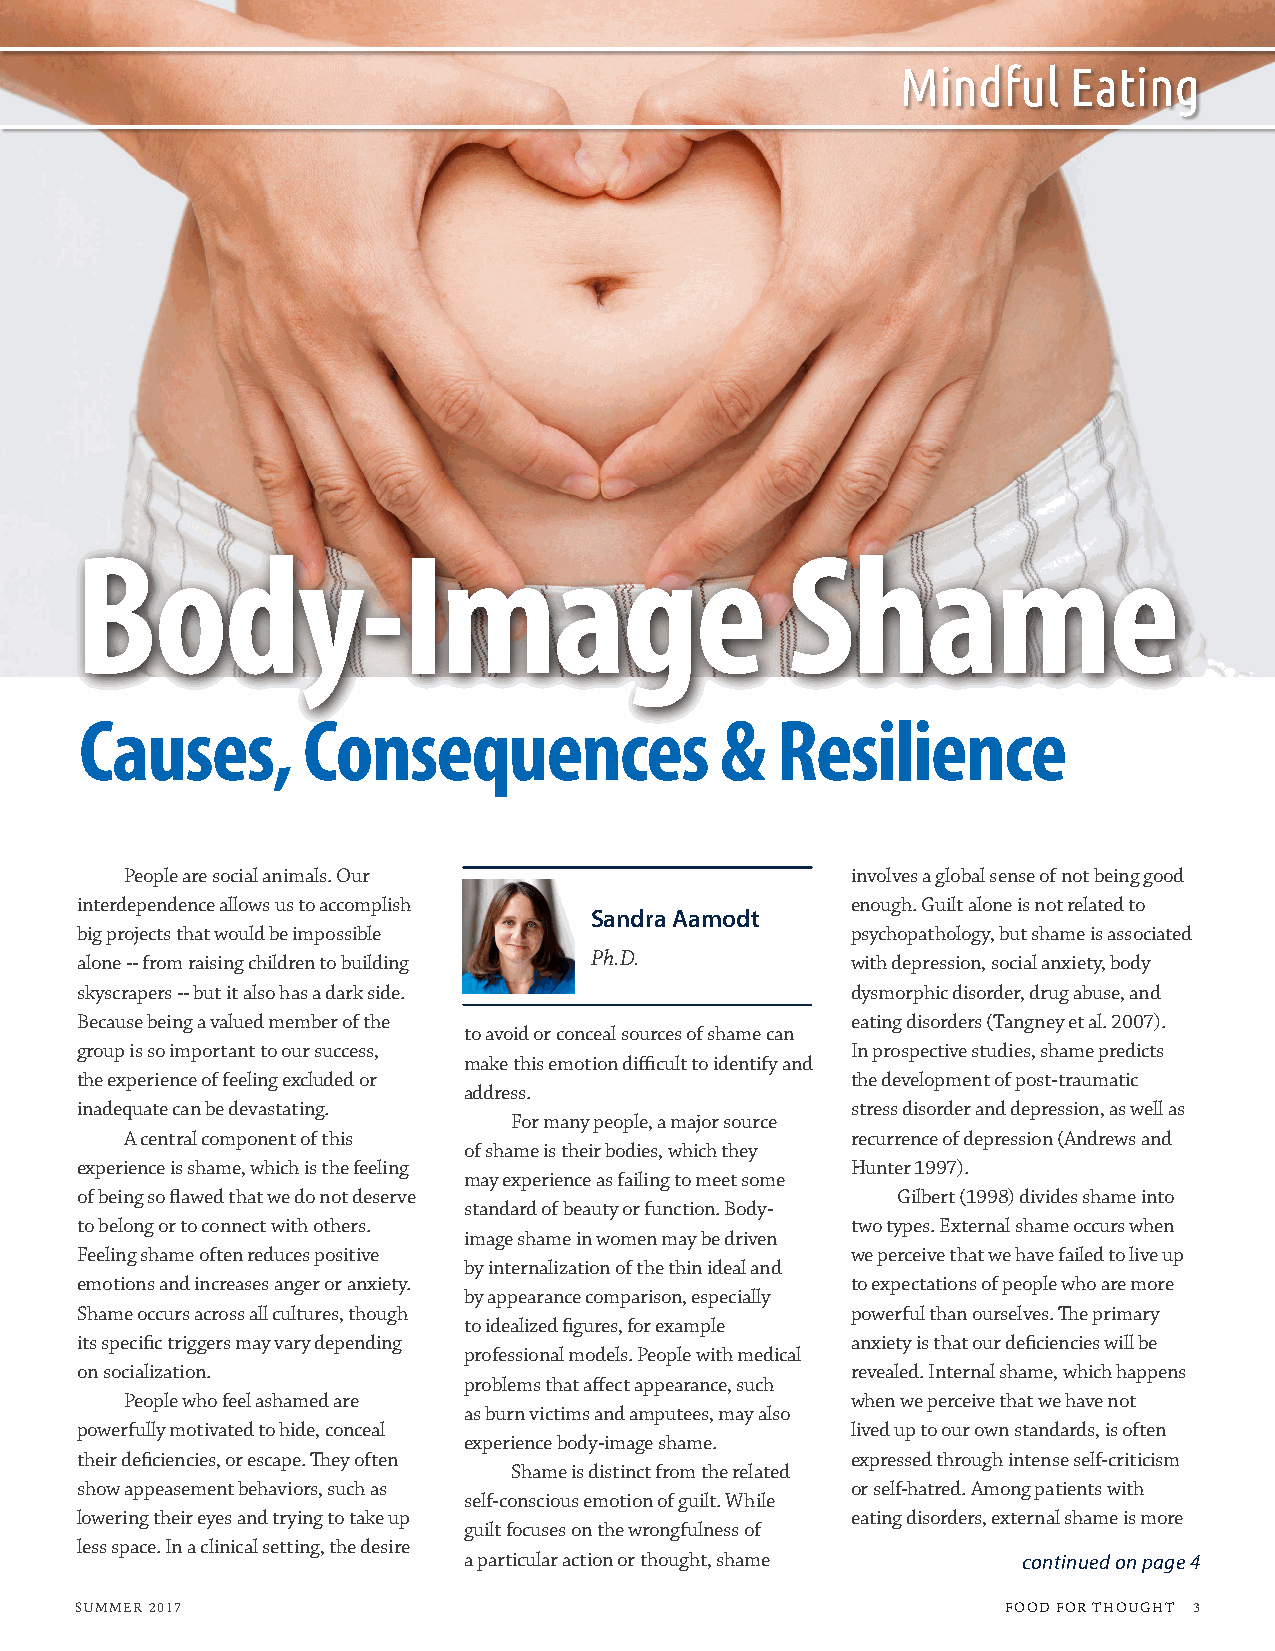
Mindful    Eating
 Body-Image                                     Shame
 Causes,        Consequences                &  Resilience
 People are social animals. Our                  involves a global sense of not being good
 interdependence allows us to accomplish            enough. Guilt alone is not related to
 Sandra Aamodt
 big projects that would be impossible              psychopathology, but shame is associated
 alone -- from raising children to building Ph.D.   with depression, social anxiety, body
 skyscrapers -- but it also has a dark side.        dysmorphic disorder, drug abuse, and
 Because being a valued member of the               eating disorders (Tangney et al. 2007).
 to avoid or conceal sources of shame can
 group is so important to our success,              In prospective studies, shame predicts
 make this emotion difficult to identify and
 the experience of feeling excluded or              the development of post-traumatic
 address.
 inadequate can be devastating.                     stress disorder and depression, as well as
 For many people, a major source
 A central component of this                     recurrence of depression (Andrews and
 of shame is their bodies, which they
 experience is shame, which is the feeling          Hunter 1997).
 may experience as failing to meet some
 of being so flawed that we do not deserve             Gilbert (1998) divides shame into
 standard of beauty or function. Body-
 to belong or to connect with others.               two types. External shame occurs when
 image shame in women may be driven
 Feeling shame often reduces positive               we perceive that we have failed to live up
 by internalization of the thin ideal and
 emotions and increases anger or anxiety.           to expectations of people who are more
 by appearance comparison, especially
 Shame occurs across all cultures, though           powerful than ourselves. The primary
 to idealized figures, for example
 its specific triggers may vary depending           anxiety is that our deficiencies will be
 professional models. People with medical
 on socialization.                                  revealed. Internal shame, which happens
 problems that affect appearance, such
 People who feel ashamed are                     when we perceive that we have not
 as burn victims and amputees, may also
 powerfully motivated to hide, conceal              lived up to our own standards, is often
 experience body-image shame.
 their deficiencies, or escape. They often          expressed through intense self-criticism
 Shame is distinct from the related
 show appeasement behaviors, such as                or self-hatred. Among patients with
 self-conscious emotion of guilt. While
 lowering their eyes and trying to take up          eating disorders, external shame is more
 guilt focuses on the wrongfulness of
 less space. In a clinical setting, the desire
 a particular action or thought, shame continued on page 4
 SUMMER 2017                                                   FOOD FOR THOUGHT 3